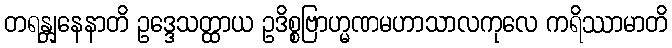
တရန္တျနေနာတိ ဥဒ္ဒေသတ္ထာယ ဥဒိစ္စဗြာဟ္မဏမဟာသာလကုလေ ကရိဿာမာတိ